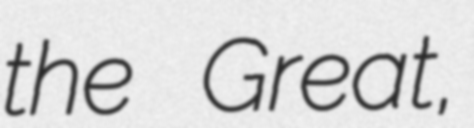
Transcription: the Great,